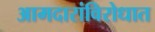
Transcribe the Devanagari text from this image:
आमदारांविरोधात